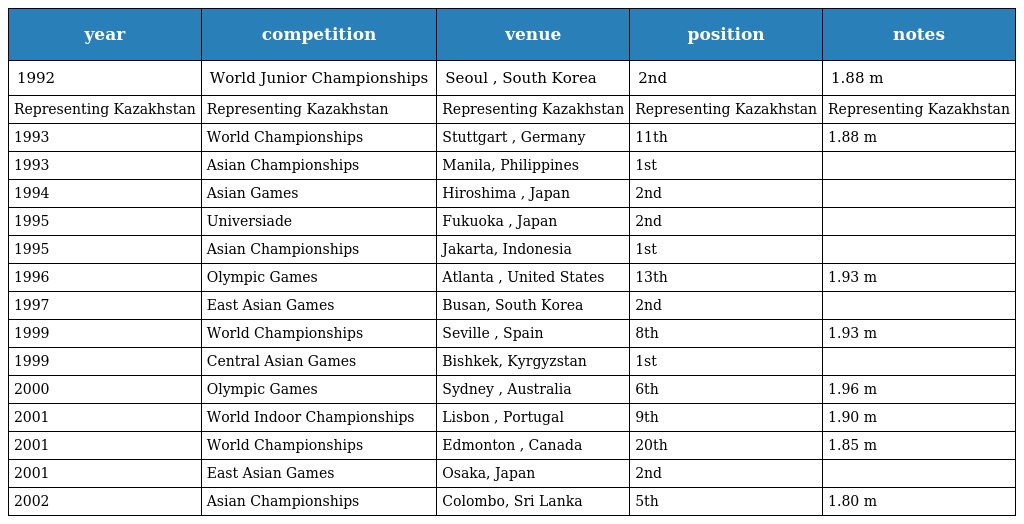
| year | competition | venue | position | notes |
 | --- | --- | --- | --- | --- |
 | 1992 | World Junior Championships | Seoul , South Korea | 2nd | 1.88 m |
 | Representing Kazakhstan | Representing Kazakhstan | Representing Kazakhstan | Representing Kazakhstan | Representing Kazakhstan |
 | 1993 | World Championships | Stuttgart , Germany | 11th | 1.88 m |
 | 1993 | Asian Championships | Manila, Philippines | 1st |  |
 | 1994 | Asian Games | Hiroshima , Japan | 2nd |  |
 | 1995 | Universiade | Fukuoka , Japan | 2nd |  |
 | 1995 | Asian Championships | Jakarta, Indonesia | 1st |  |
 | 1996 | Olympic Games | Atlanta , United States | 13th | 1.93 m |
 | 1997 | East Asian Games | Busan, South Korea | 2nd |  |
 | 1999 | World Championships | Seville , Spain | 8th | 1.93 m |
 | 1999 | Central Asian Games | Bishkek, Kyrgyzstan | 1st |  |
 | 2000 | Olympic Games | Sydney , Australia | 6th | 1.96 m |
 | 2001 | World Indoor Championships | Lisbon , Portugal | 9th | 1.90 m |
 | 2001 | World Championships | Edmonton , Canada | 20th | 1.85 m |
 | 2001 | East Asian Games | Osaka, Japan | 2nd |  |
 | 2002 | Asian Championships | Colombo, Sri Lanka | 5th | 1.80 m |